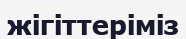
жігіттеріміз